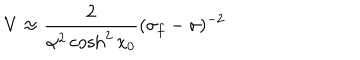
LaTeX: { V \approx \frac { 2 } { \alpha ^ { 2 } \cosh ^ { 2 } x _ { 0 } } ( \sigma _ { f } - \sigma ) ^ { - 2 } }